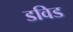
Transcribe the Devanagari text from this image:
डविड